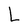
Character: L